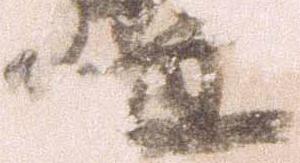
道